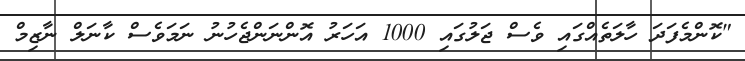
"ކޮންމެފަދަ ހާލަތެއްގައި ވެސް ޖަލުގައި 1000 އަހަރު އޮންނަންޖެހުނު ނަމަވެސް ކާނަލް ނާޒިމް